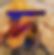
দ